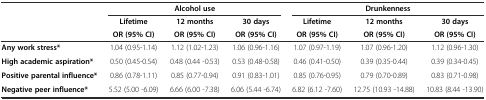
<table><thead><tr><td></td><td colspan="3"><b>Alcohol use</b></td><td colspan="3"><b>Drunkenness</b></td></tr><tr><td></td><td><b>Lifetime</b></td><td><b>12 months</b></td><td><b>30 days</b></td><td><b>Lifetime</b></td><td><b>12 months</b></td><td><b>30 days</b></td></tr><tr><td></td><td><b>OR (95% CI)</b></td><td><b>OR (95% CI)</b></td><td><b>OR (95% CI)</b></td><td><b>OR (95% CI)</b></td><td><b>OR (95% CI)</b></td><td><b>OR (95% CI)</b></td></tr></thead><tbody><tr><td><b>Any work stress*</b></td><td>1.04 (0.95-1.14)</td><td>1.12 (1.02-1.23)</td><td>1.06 (0.96-1.16)</td><td>1.07 (0.97-1.19)</td><td>1.07 (0.96-1.20)</td><td>1.12 (0.96-1.30)</td></tr><tr><td><b>High academic aspiration*</b></td><td>0.50 (0.45-0.54)</td><td>0.48 (0.44 -0.53)</td><td>0.53 (0.48-0.58)</td><td>0.46 (0.41-0.50)</td><td>0.39 (0.35-0.44)</td><td>0.39 (0.34-0.45)</td></tr><tr><td><b>Positive parental influence*</b></td><td>0.86 (0.78-1.11)</td><td>0.85 (0.77-0.94)</td><td>0.91 (0.83-1.01)</td><td>0.85 (0.76-0.95)</td><td>0.79 (0.70-0.89)</td><td>0.83 (0.71-0.98)</td></tr><tr><td><b>Negative peer influence*</b></td><td>5.52 (5.00 -6.09)</td><td>6.66 (6.00 -7.38)</td><td>6.06 (5.44 -6.74)</td><td>6.82 (6.12 -7.60)</td><td>12.75 (10.93 -14.88)</td><td>10.83 (8.44 -13.90)</td></tr></tbody></table>